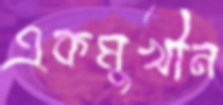
একমুখীন